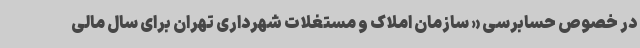
در خصوص حسابرسی « سازمان املاک و مستغلات شهرداری تهران برای سال مالی